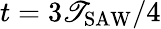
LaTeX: t=3\mathscr{T}_{\mathrm{{SAW}}}/4